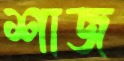
শাজ